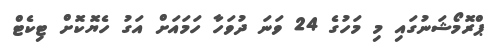
ޕްރޮމޯޝަނުގައި މި މަހުގެ 24 ވަނަ ދުވަހާ ހަމައަށް އަގު ހެޔޮކޮށް ޓިކެޓް